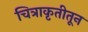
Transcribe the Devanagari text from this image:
चित्राकृतीतून